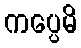
ကပ္ပေမိ